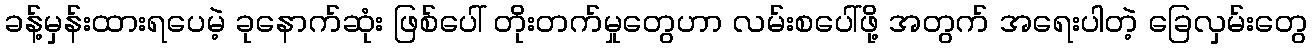
ခန့်မှန်းထားရပေမဲ့ ခုနောက်ဆုံး ဖြစ်ပေါ် တိုးတက်မှုတွေဟာ လမ်းစပေါ်ဖို့ အတွက် အရေးပါတဲ့ ခြေလှမ်းတွေ